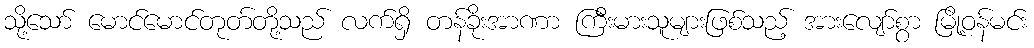
သို့သော် မောင်မောင်တုတ်တို့သည် လက်ရှိ တန်ခိုးအာဏာ ကြီးမားသူများဖြစ်သည့် အားလျော်စွာ မြို့ဝန်မင်း